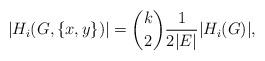
LaTeX: \begin{align*}|H_i(G,\{x,y\})|=\binom{k}{2}\frac{1}{2|E|}|H_i(G)|,\end{align*}